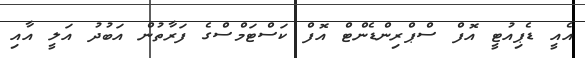
އެއީ ޑެޕިއުޓީ އޮފް ސްޕްރިންޑެންޓް އޮފް ކަސްޓަމްސްގެ ފަރާތުން އަބުދު އަލީ އާއި